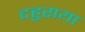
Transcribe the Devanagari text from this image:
दहुराया